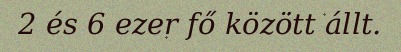
2 és 6 ezer fő között állt.